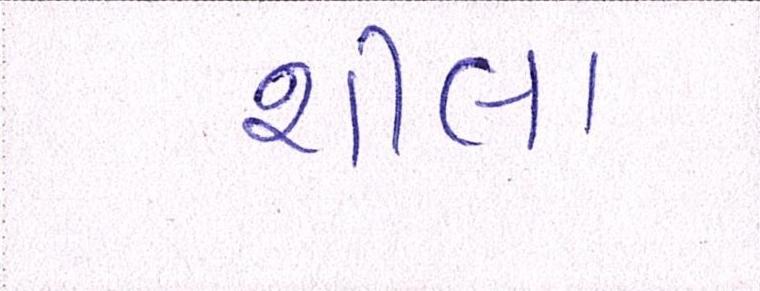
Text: શીલા